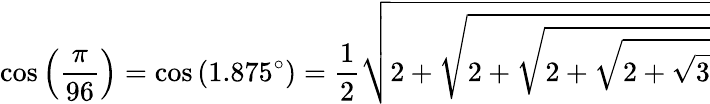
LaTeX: \cos\left({\frac{\pi}{96}}\right)=\cos\left(1.875^{\circ}\right)={\frac{1}{2}}{\sqrt{2+{\sqrt{2+{\sqrt{2+{\sqrt{2+{\sqrt{3}}}}}}}}}}